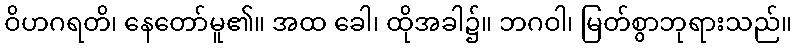
ဝိဟဂရတိ၊ နေတော်မူ၏။ အထ ခေါ၊ ထိုအခါ၌။ ဘဂဝါ၊ မြတ်စွာဘုရားသည်။